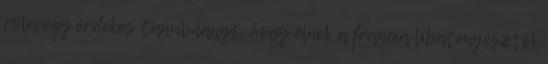
róla egy érdekes tanulmányt, hogy élnek a francia libatenyésztők